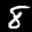
Label: 8